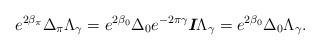
LaTeX: \begin{align*} e^{2\beta _\pi }\Delta _\pi \Lambda _{\gamma} = e^{2\beta _0}\Delta _0e^{-2\pi\gamma}\textit{\textbf{I}}\Lambda _{\gamma} = e^{2\beta _0}\Delta _0\Lambda _{\gamma}.\end{align*}